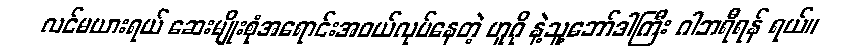
လင်မယားရယ် ဆေးမျိုးစုံအရောင်းအဝယ်လုပ်နေတဲ့ ဟူဂို နဲ့သူ့ဘော်ဒါကြီး ဂါဘရီရန် ရယ်။